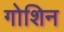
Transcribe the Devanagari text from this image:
गोशिन